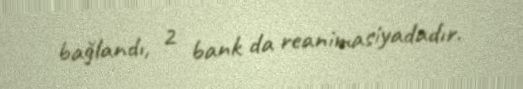
bağlandı, 2 bank da reanimasiyadadır.